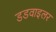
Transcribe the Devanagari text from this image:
डडवाइलर